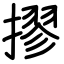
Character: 摎